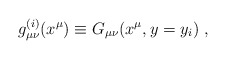
\begin{align*}g_{\mu \nu}^{(i)} (x^{\mu}) \equiv G_{\mu \nu}(x^{\mu}, y=y_i) ~,~\,\end{align*}